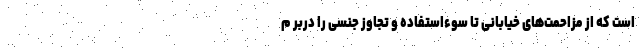
است که از مزاحمت‌های خیابانی تا سوءاستفاده و تجاوز جنسی را دربر م